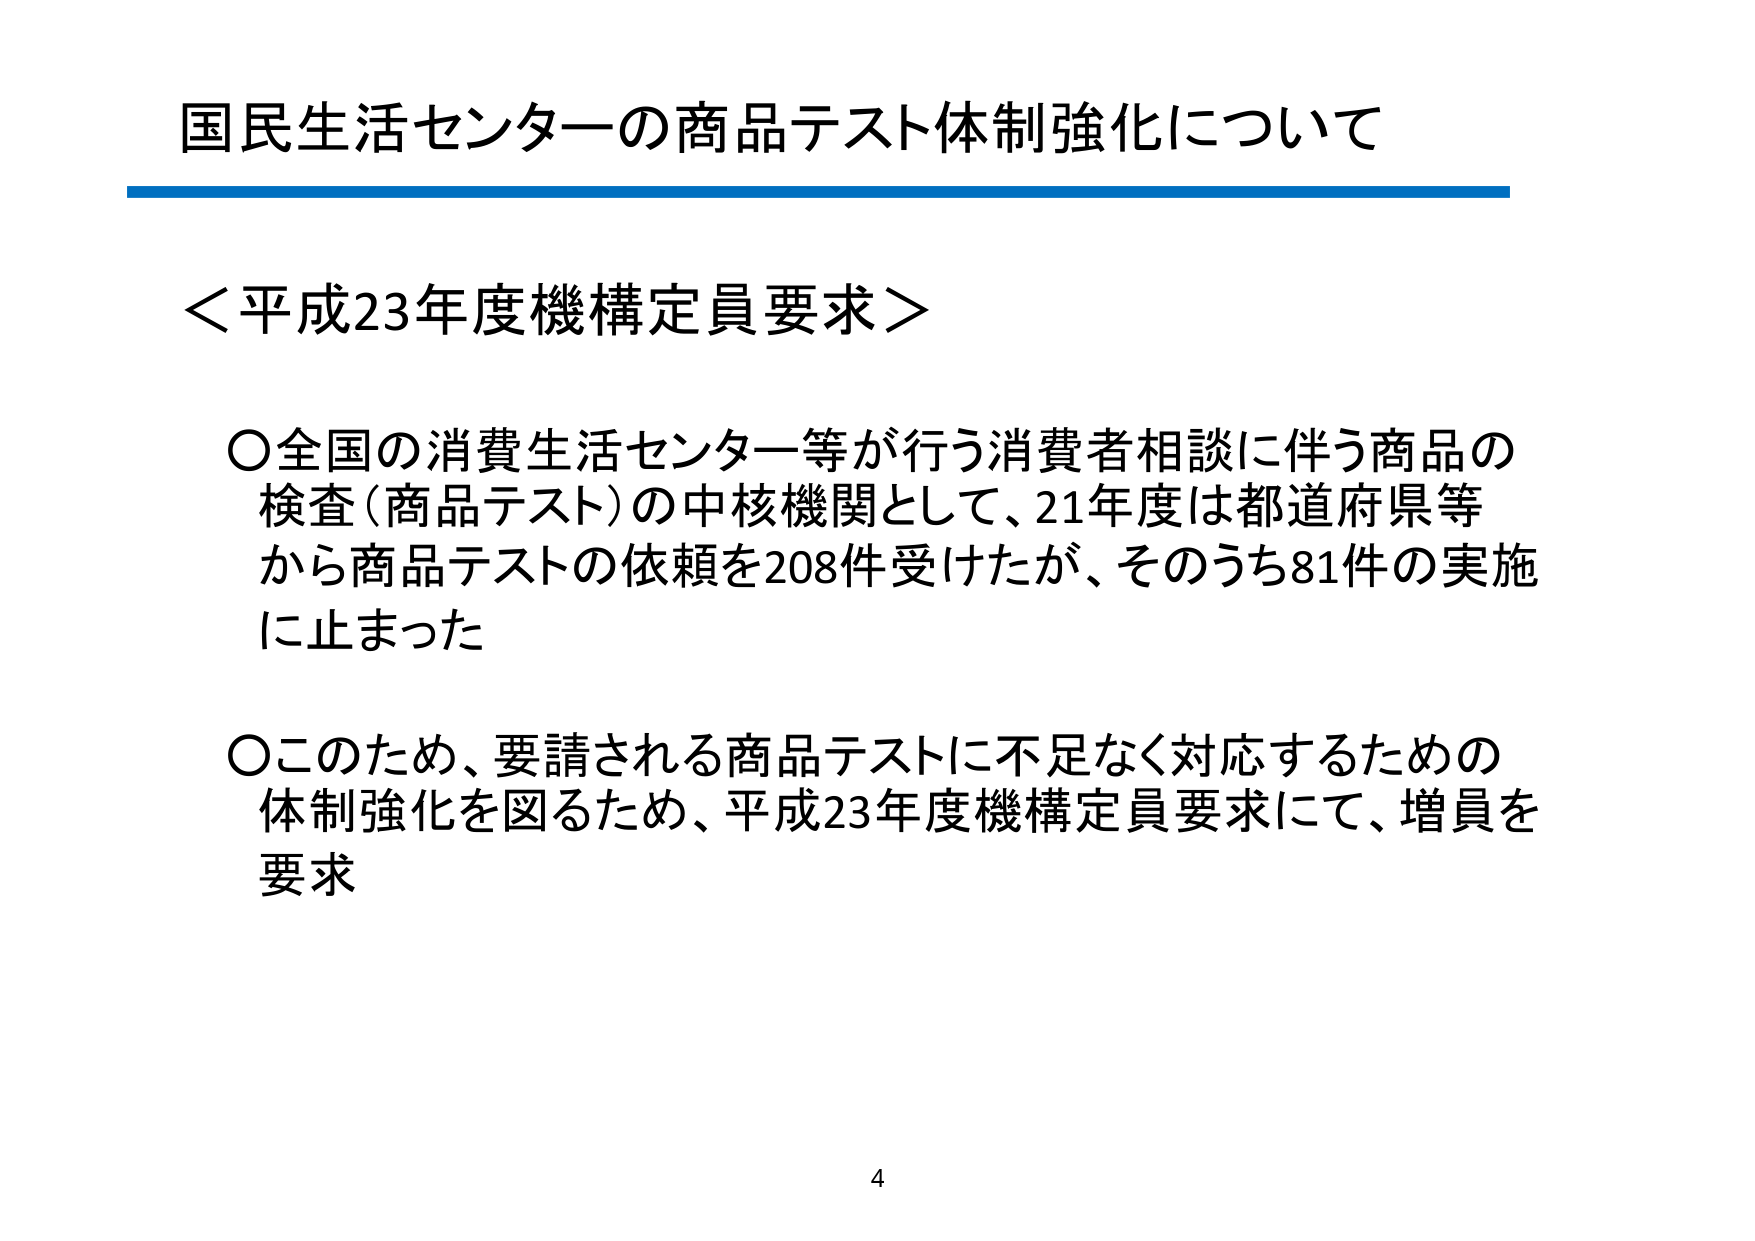
国民生活センターの商品テスト体制強化について

＜平成23年度機構定員要求＞

〇全国の消費生活センター等が行う消費者相談に伴う商品の
検査（商品テスト）の中核機関として、21年度は都道府県等
から商品テストの依頼を208件受けたが、そのうち81件の実施
に止まった

〇このため、要請される商品テストに不足なく対応するための
体制強化を図るため、平成23年度機構定員要求にて、増員を
要求

4